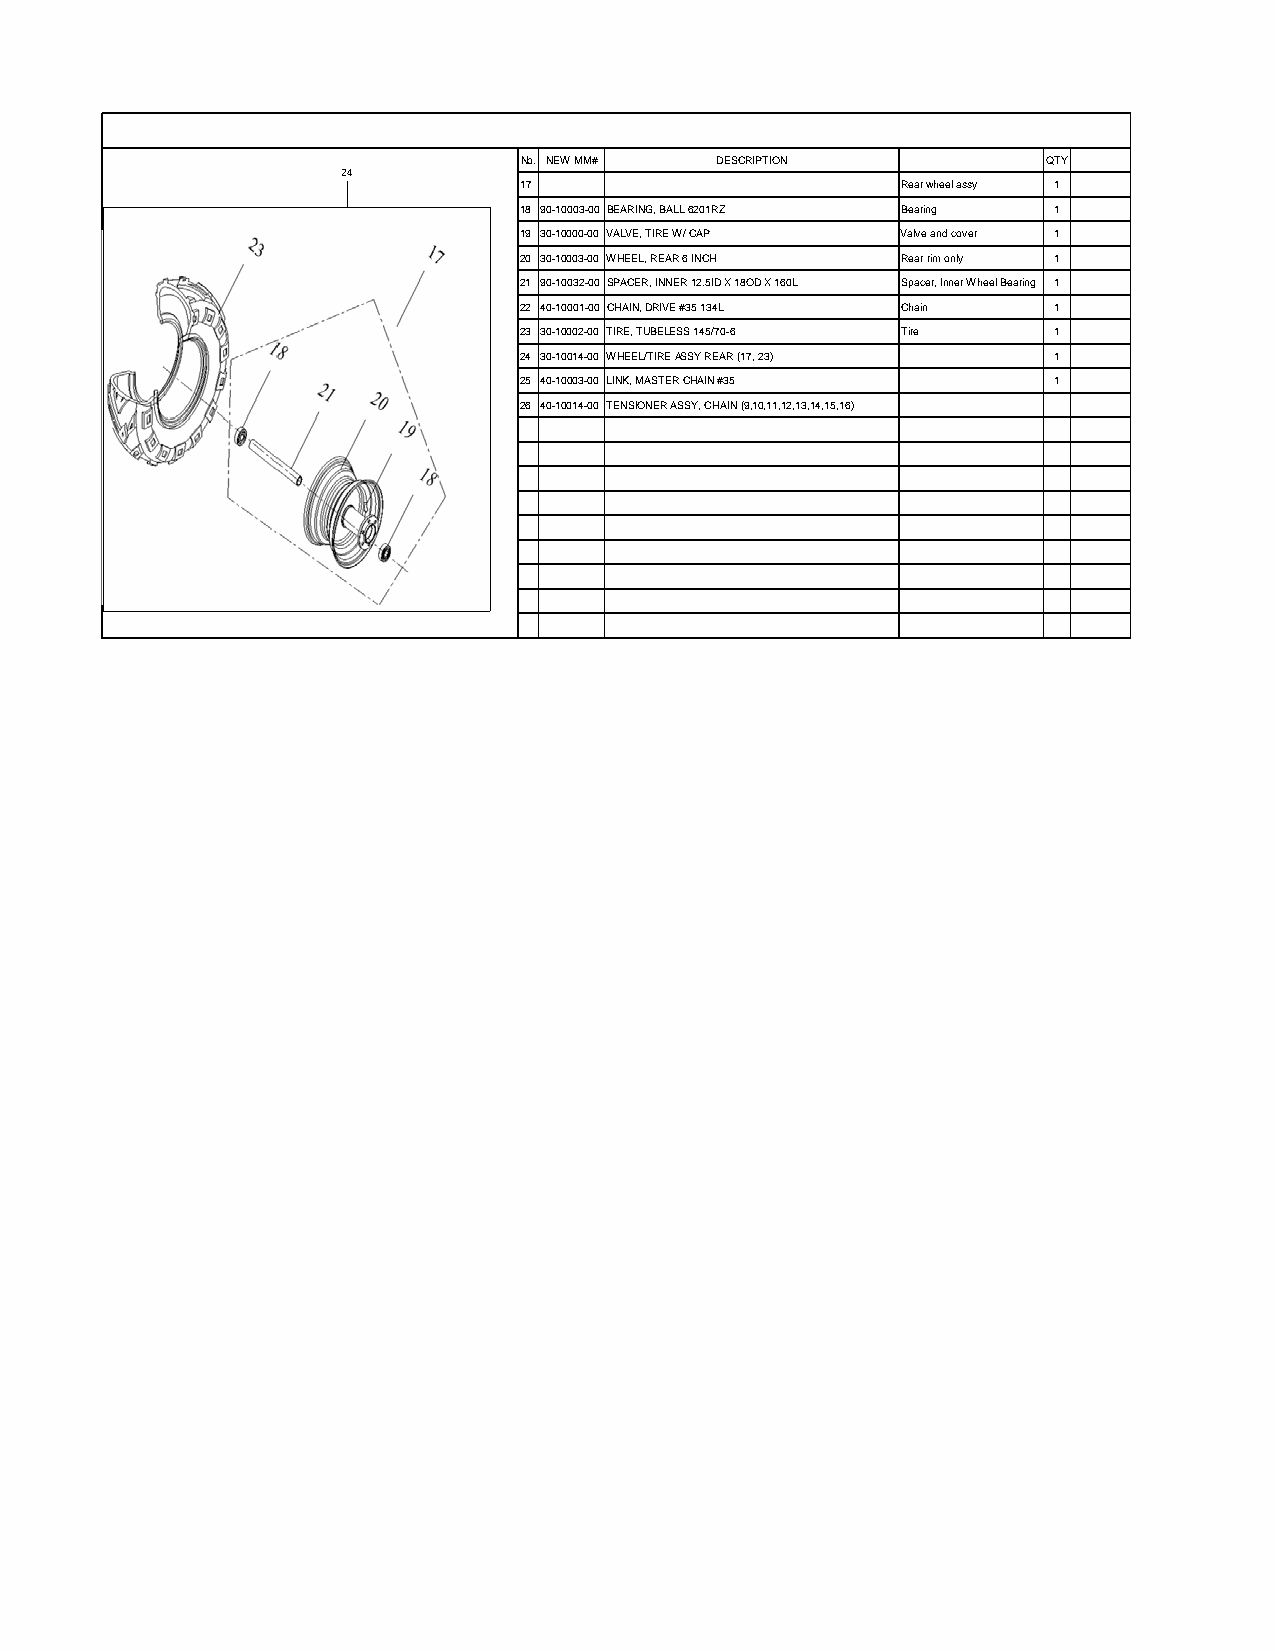
No. NEW MM#  DESCRIPTION           QTY
 24
 17                        Rear wheel assy 1
 18 90-10003-00 BEARING, BALL 6201RZ Bearing 1
 19 30-10000-00 VALVE, TIRE W/ CAP Valve and cover 1
 20 30-10003-00 WHEEL, REAR 6 INCH Rear rim only 1
 21 90-10032-00 SPACER, INNER 12.5ID X 18OD X 160L Spacer, Inner Wheel Bearing 1
 22 40-10001-00 CHAIN, DRIVE #35 134L Chain 1
 23 30-10002-00 TIRE, TUBELESS 145/70-6 Tire 1
 24 30-10014-00 WHEEL/TIRE ASSY REAR (17, 23) 1
 25 40-10003-00 LINK, MASTER CHAIN #35 1
 26 40-10014-00 TENSIONER ASSY, CHAIN (9,10,11,12,13,14,15,16)